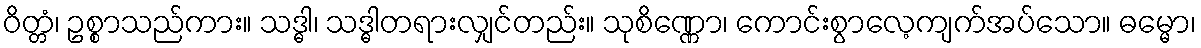
ဝိတ္တံ၊ ဥစ္စာသည်ကား။ သဒ္ဓါ၊ သဒ္ဓါတရားလျှင်တည်း။ သုစိဏ္ဏော၊ ကောင်းစွာလေ့ကျက်အပ်သော။ ဓမ္မော၊